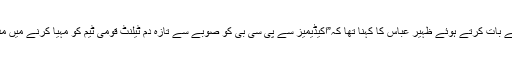
صحافیوں سے بات کرتے ہوئے ظہیر عباس کا کہنا تھا کہ”اکیڈیمیز سے پی سی بی کو صوبے سے تازہ دم ٹیلنٹ قومی ٹیم کو مہیا کرنے میں مدد ملے گی”۔